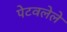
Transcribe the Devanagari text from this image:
पेटवलेले